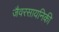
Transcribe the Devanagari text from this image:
जैवरसायनिकी